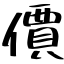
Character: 價